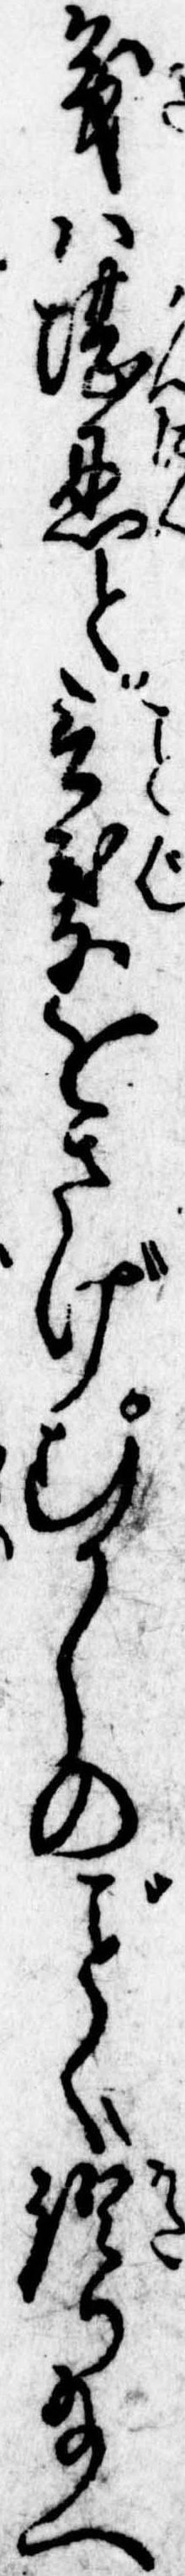
義は堪忍と言葉をさげむかしのく談り給へ